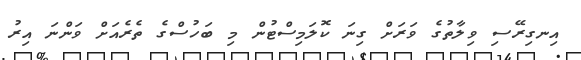
އިނގިރޭސި ވިލާތުގެ ވަރަށް ގިނަ ކޮލަމިސްޓުން މި ބަހުސްގެ ތެރެއަށް ވަންނަ އިރު